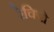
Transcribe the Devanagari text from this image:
रेचिपो